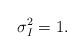
LaTeX: \begin{align*} \sigma_I^2=1.\end{align*}